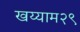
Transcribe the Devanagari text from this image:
खय्याम२९